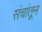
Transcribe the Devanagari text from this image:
संचांतून